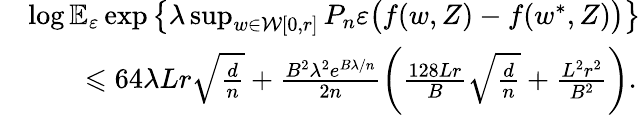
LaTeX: \begin{array}{rl}&{\log\mathbb E_{\varepsilon}\exp\left\{ \lambda\operatorname*{sup}_{w\in\mathcal W[0,r]}P_{n}\varepsilon\big(f(w,Z)-f(w^{*},Z)\big)\right\} }\\ &{\qquad\leqslant 64\lambda Lr\sqrt{\frac{d}n}+\frac{B^{2}\lambda^{2}e^{B\lambda/n}}{2n}\left(\frac{128Lr}{B}\sqrt{\frac{d}n}+\frac{L^{2}r^{2}}{B^{2}}\right).}\end{array}